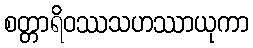
စတ္တာရိဝဿသဟဿာယုကာ